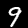
Digit: 9